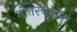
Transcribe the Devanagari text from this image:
गीतरचनांना